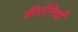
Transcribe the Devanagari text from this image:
कीर्तनियाँ